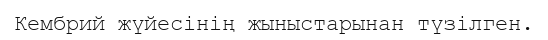
Кембрий жүйесінің жыныстарынан түзілген.